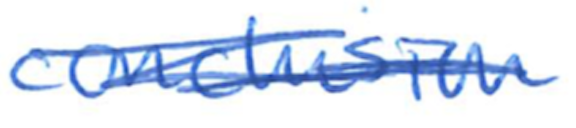
Text: conclusion
Cross-out: scratch
Writing tool: ballpoint